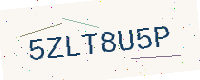
Text: 5ZLT8U5P